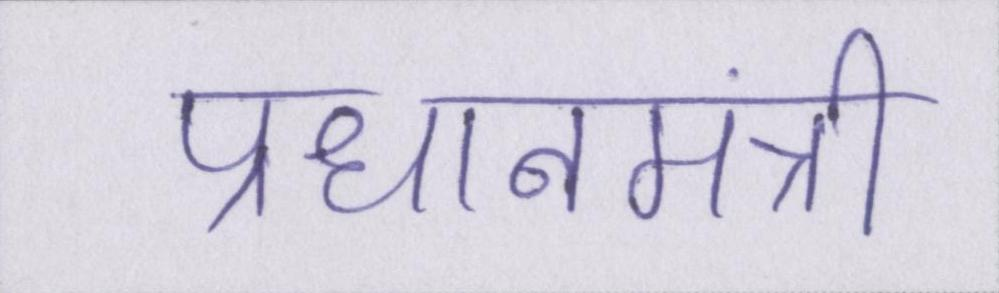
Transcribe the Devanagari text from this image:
प्रधानमंत्री